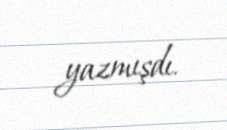
yazmışdı.